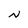
Character: N